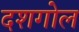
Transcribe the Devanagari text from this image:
दशगोल